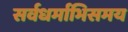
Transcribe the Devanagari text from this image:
सर्वधर्माभिसमय